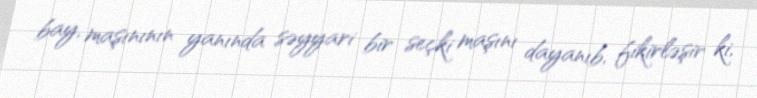
bay, maşınının yanında səyyari bir seçki maşını dayanıb, fikirləşir ki,